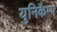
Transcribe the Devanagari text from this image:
युनिकैम्प